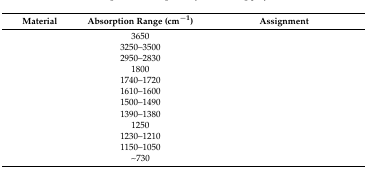
<table><thead><tr><td><b>Material</b></td><td><b>Absorption Range (cm<sup>−1</sup>)</b></td><td><b>Assignment</b></td></tr></thead><tbody><tr><td>[EMPTY_CELL]</td><td>3650</td><td>[EMPTY_CELL]</td></tr><tr><td>[EMPTY_CELL]</td><td>3250–3500</td><td>[EMPTY_CELL]</td></tr><tr><td>[EMPTY_CELL]</td><td>2950–2830</td><td>[EMPTY_CELL]</td></tr><tr><td>[EMPTY_CELL]</td><td>1800</td><td>[EMPTY_CELL]</td></tr><tr><td>[EMPTY_CELL]</td><td>1740–1720</td><td>[EMPTY_CELL]</td></tr><tr><td>[EMPTY_CELL]</td><td>1610–1600</td><td>[EMPTY_CELL]</td></tr><tr><td>[EMPTY_CELL]</td><td>1500–1490</td><td>[EMPTY_CELL]</td></tr><tr><td>[EMPTY_CELL]</td><td>1390–1380</td><td>[EMPTY_CELL]</td></tr><tr><td>[EMPTY_CELL]</td><td>1250</td><td>[EMPTY_CELL]</td></tr><tr><td>[EMPTY_CELL]</td><td>1230–1210</td><td>[EMPTY_CELL]</td></tr><tr><td>[EMPTY_CELL]</td><td>1150–1050</td><td>[EMPTY_CELL]</td></tr><tr><td>[EMPTY_CELL]</td><td>~730</td><td>[EMPTY_CELL]</td></tr></tbody></table>